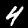
Label: 4